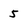
Character: 5